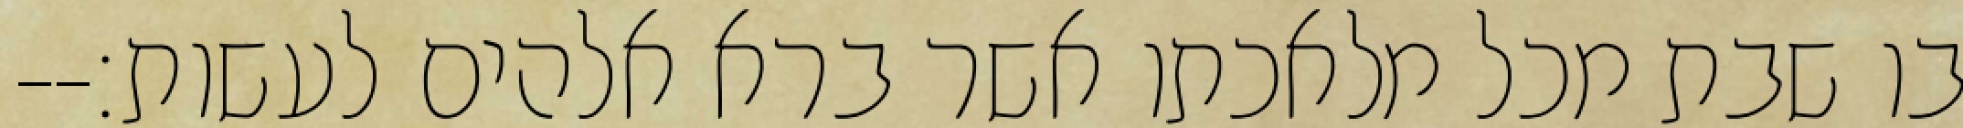
בו שבת מכל מלאכתו אשר ברא אלהים לעשות׃--